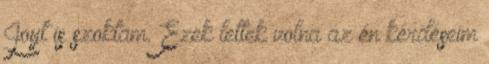
Joyt is szoktam. Ezek lettek volna az én kérdéseim